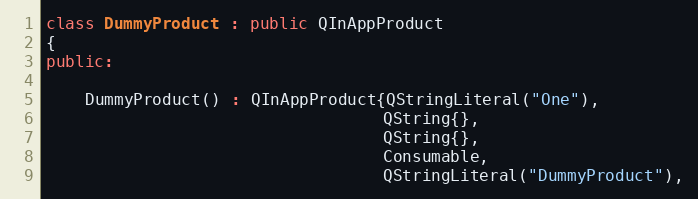
Language: C++
class DummyProduct : public QInAppProduct
{
public:

    DummyProduct() : QInAppProduct{QStringLiteral("One"),
                                   QString{},
                                   QString{},
                                   Consumable,
                                   QStringLiteral("DummyProduct"),